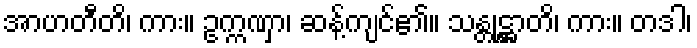
အာဟတီတိ၊ ကား။ ဥက္ကဏှာ၊ ဆန့်ကျင်၏။ သန္တုဋ္ဌာတိ၊ ကား။ တဒါ၊